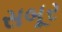
સબૂર